Indian journal of veterinary science and animal husbandry - Volume 12,
Year: 1942
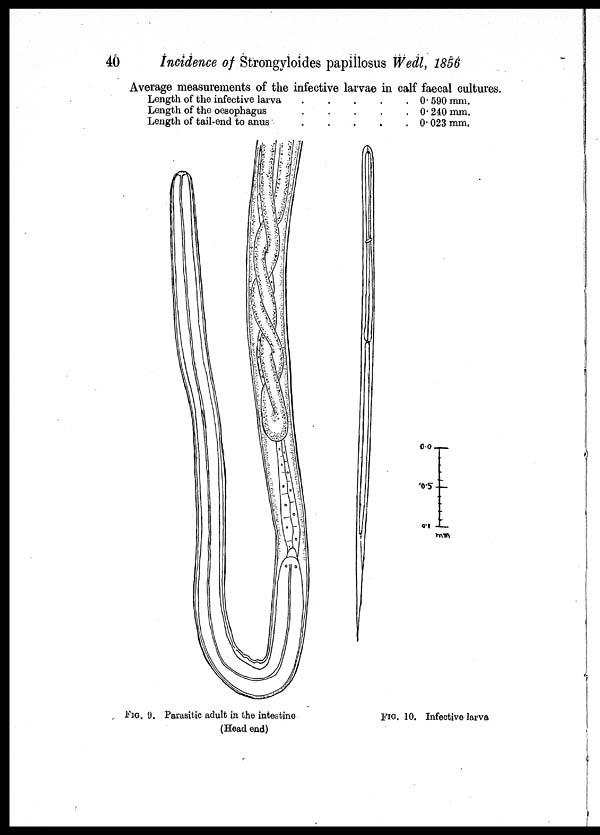
40
Incidence of Strongyloides papillosus Wedl, 1856
Average measurements of the infective larvae in calf faecal cultures.
Length of the infective larva
.....
Length of the oesophagus
.....
Length of tail-end to anus
.....
0.590 mm.
0.240 mm.
0.023 mm.
FIG. 9. Parasitic adult in the intestine
(Head end)
FIG.10. Infective larva